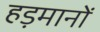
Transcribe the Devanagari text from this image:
हड़मानों